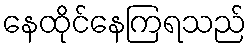
နေထိုင်နေကြရသည်